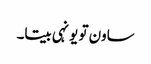
ساون تو یونہی بیتا۔